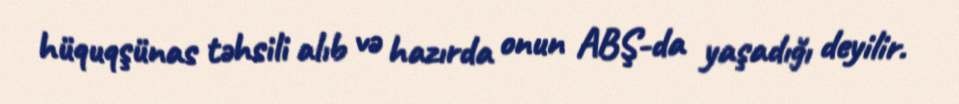
hüquqşünas təhsili alıb və hazırda onun ABŞ-da yaşadığı deyilir.